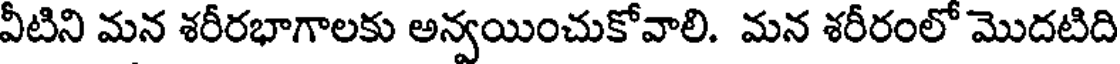
వీటిని మన శరీరభాగాలకు అన్వయించుకోవాలి. మన శరీరంలో మొదటిది